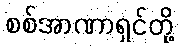
စစ်အာဏာရှင်တို့